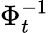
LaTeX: \Phi_{t}^{-1}